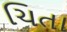
ચિતા